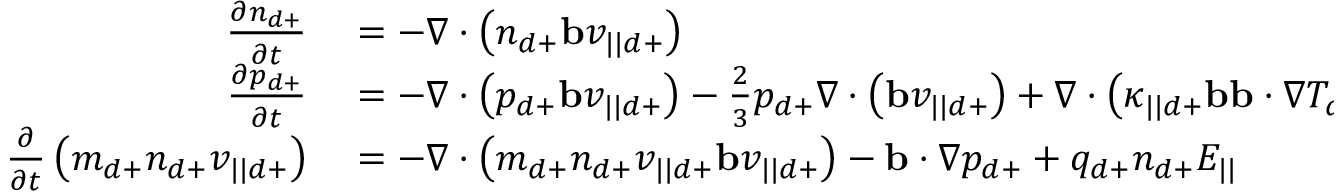
\begin{array} { r l } { \frac { \partial n _ { d + } } { \partial t } } & { { } = - \nabla \cdot \left( n _ { d + } \mathbf { b } v _ { | | d + } \right) } \\ { \frac { \partial p _ { d + } } { \partial t } } & { { } = - \nabla \cdot \left( p _ { d + } \mathbf { b } v _ { | | d + } \right) - \frac { 2 } { 3 } p _ { d + } \nabla \cdot \left( \mathbf { b } v _ { | | d + } \right) + \nabla \cdot \left( \kappa _ { | | d + } \mathbf { b } \mathbf { b } \cdot \nabla T _ { d + } \right) } \\ { \frac { \partial } { \partial t } \left( m _ { d + } n _ { d + } v _ { | | d + } \right) } & { { } = - \nabla \cdot \left( m _ { d + } n _ { d + } v _ { | | d + } \mathbf { b } v _ { | | d + } \right) - \mathbf { b } \cdot \nabla p _ { d + } + q _ { d + } n _ { d + } E _ { | | } } \end{array}